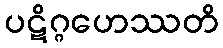
ပဋိဂ္ဂဟေဿတိ